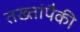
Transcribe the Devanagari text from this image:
तख्तांपैकी